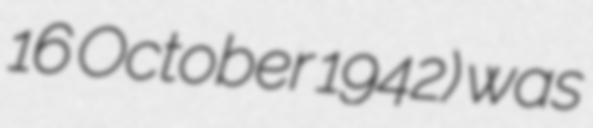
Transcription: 16 October 1942) was